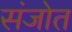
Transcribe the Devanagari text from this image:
संजोत